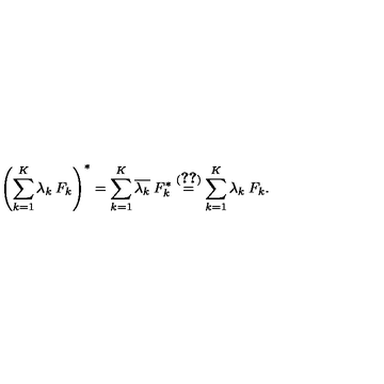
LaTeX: \left( \sum _ { k = 1 } ^ { K } \lambda _ { k } \: F _ { k } \right) ^ { * } = \sum _ { k = 1 } ^ { K } \overline { { \lambda _ { k } } } \: F _ { k } ^ { * } \stackrel { ( \ref { e q : 4 7 } ) } { = } \sum _ { k = 1 } ^ { K } \lambda _ { k } \: F _ { k } .